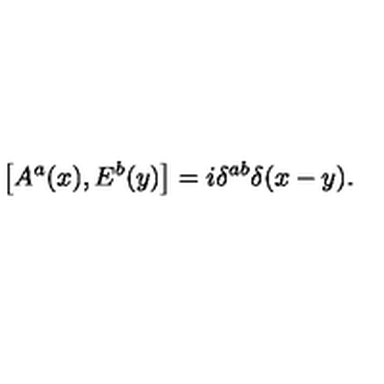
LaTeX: \left[ A ^ { a } ( x ) , E ^ { b } ( y ) \right] = i \delta ^ { a b } \delta ( x - y ) .